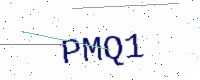
Text: PMQ1